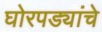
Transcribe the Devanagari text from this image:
घोरपड्यांचे